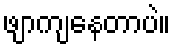
ဖျာကျနေတာပဲ။